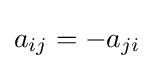
a_{ij}=-a_{ji}